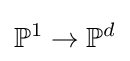
\mathbb {P} ^{1}\to \mathbb {P} ^{d}